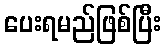
ပေးရမည်ဖြစ်ပြီး